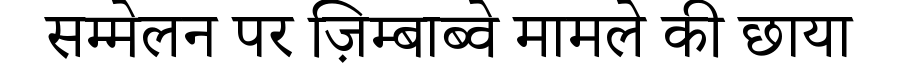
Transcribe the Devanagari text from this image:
सम्मेलन पर ज़िम्बाब्वे मामले की छाया